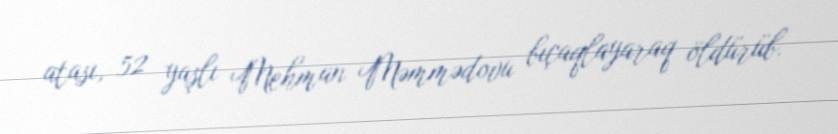
atası, 52 yaşlı Mehman Məmmədovu bıçaqlayaraq öldürüb.